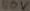
Text: 50V